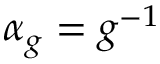
\alpha _ { g } = g ^ { - 1 }